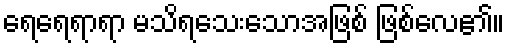
ရေရေရာရာ မသိရသေးသောအဖြစ် ဖြစ်လေ၏။